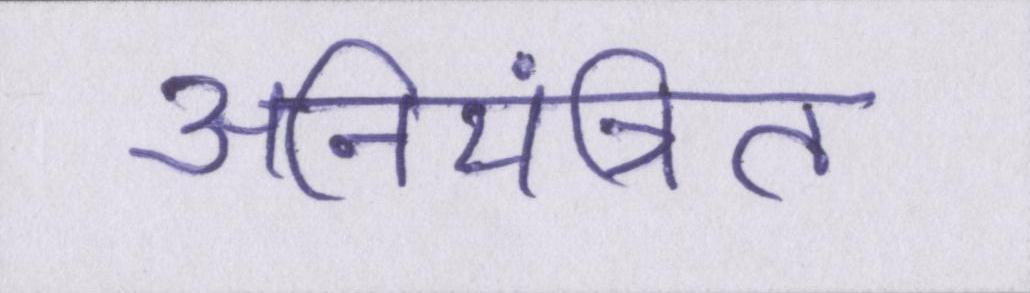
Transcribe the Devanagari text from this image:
अनियंत्रित